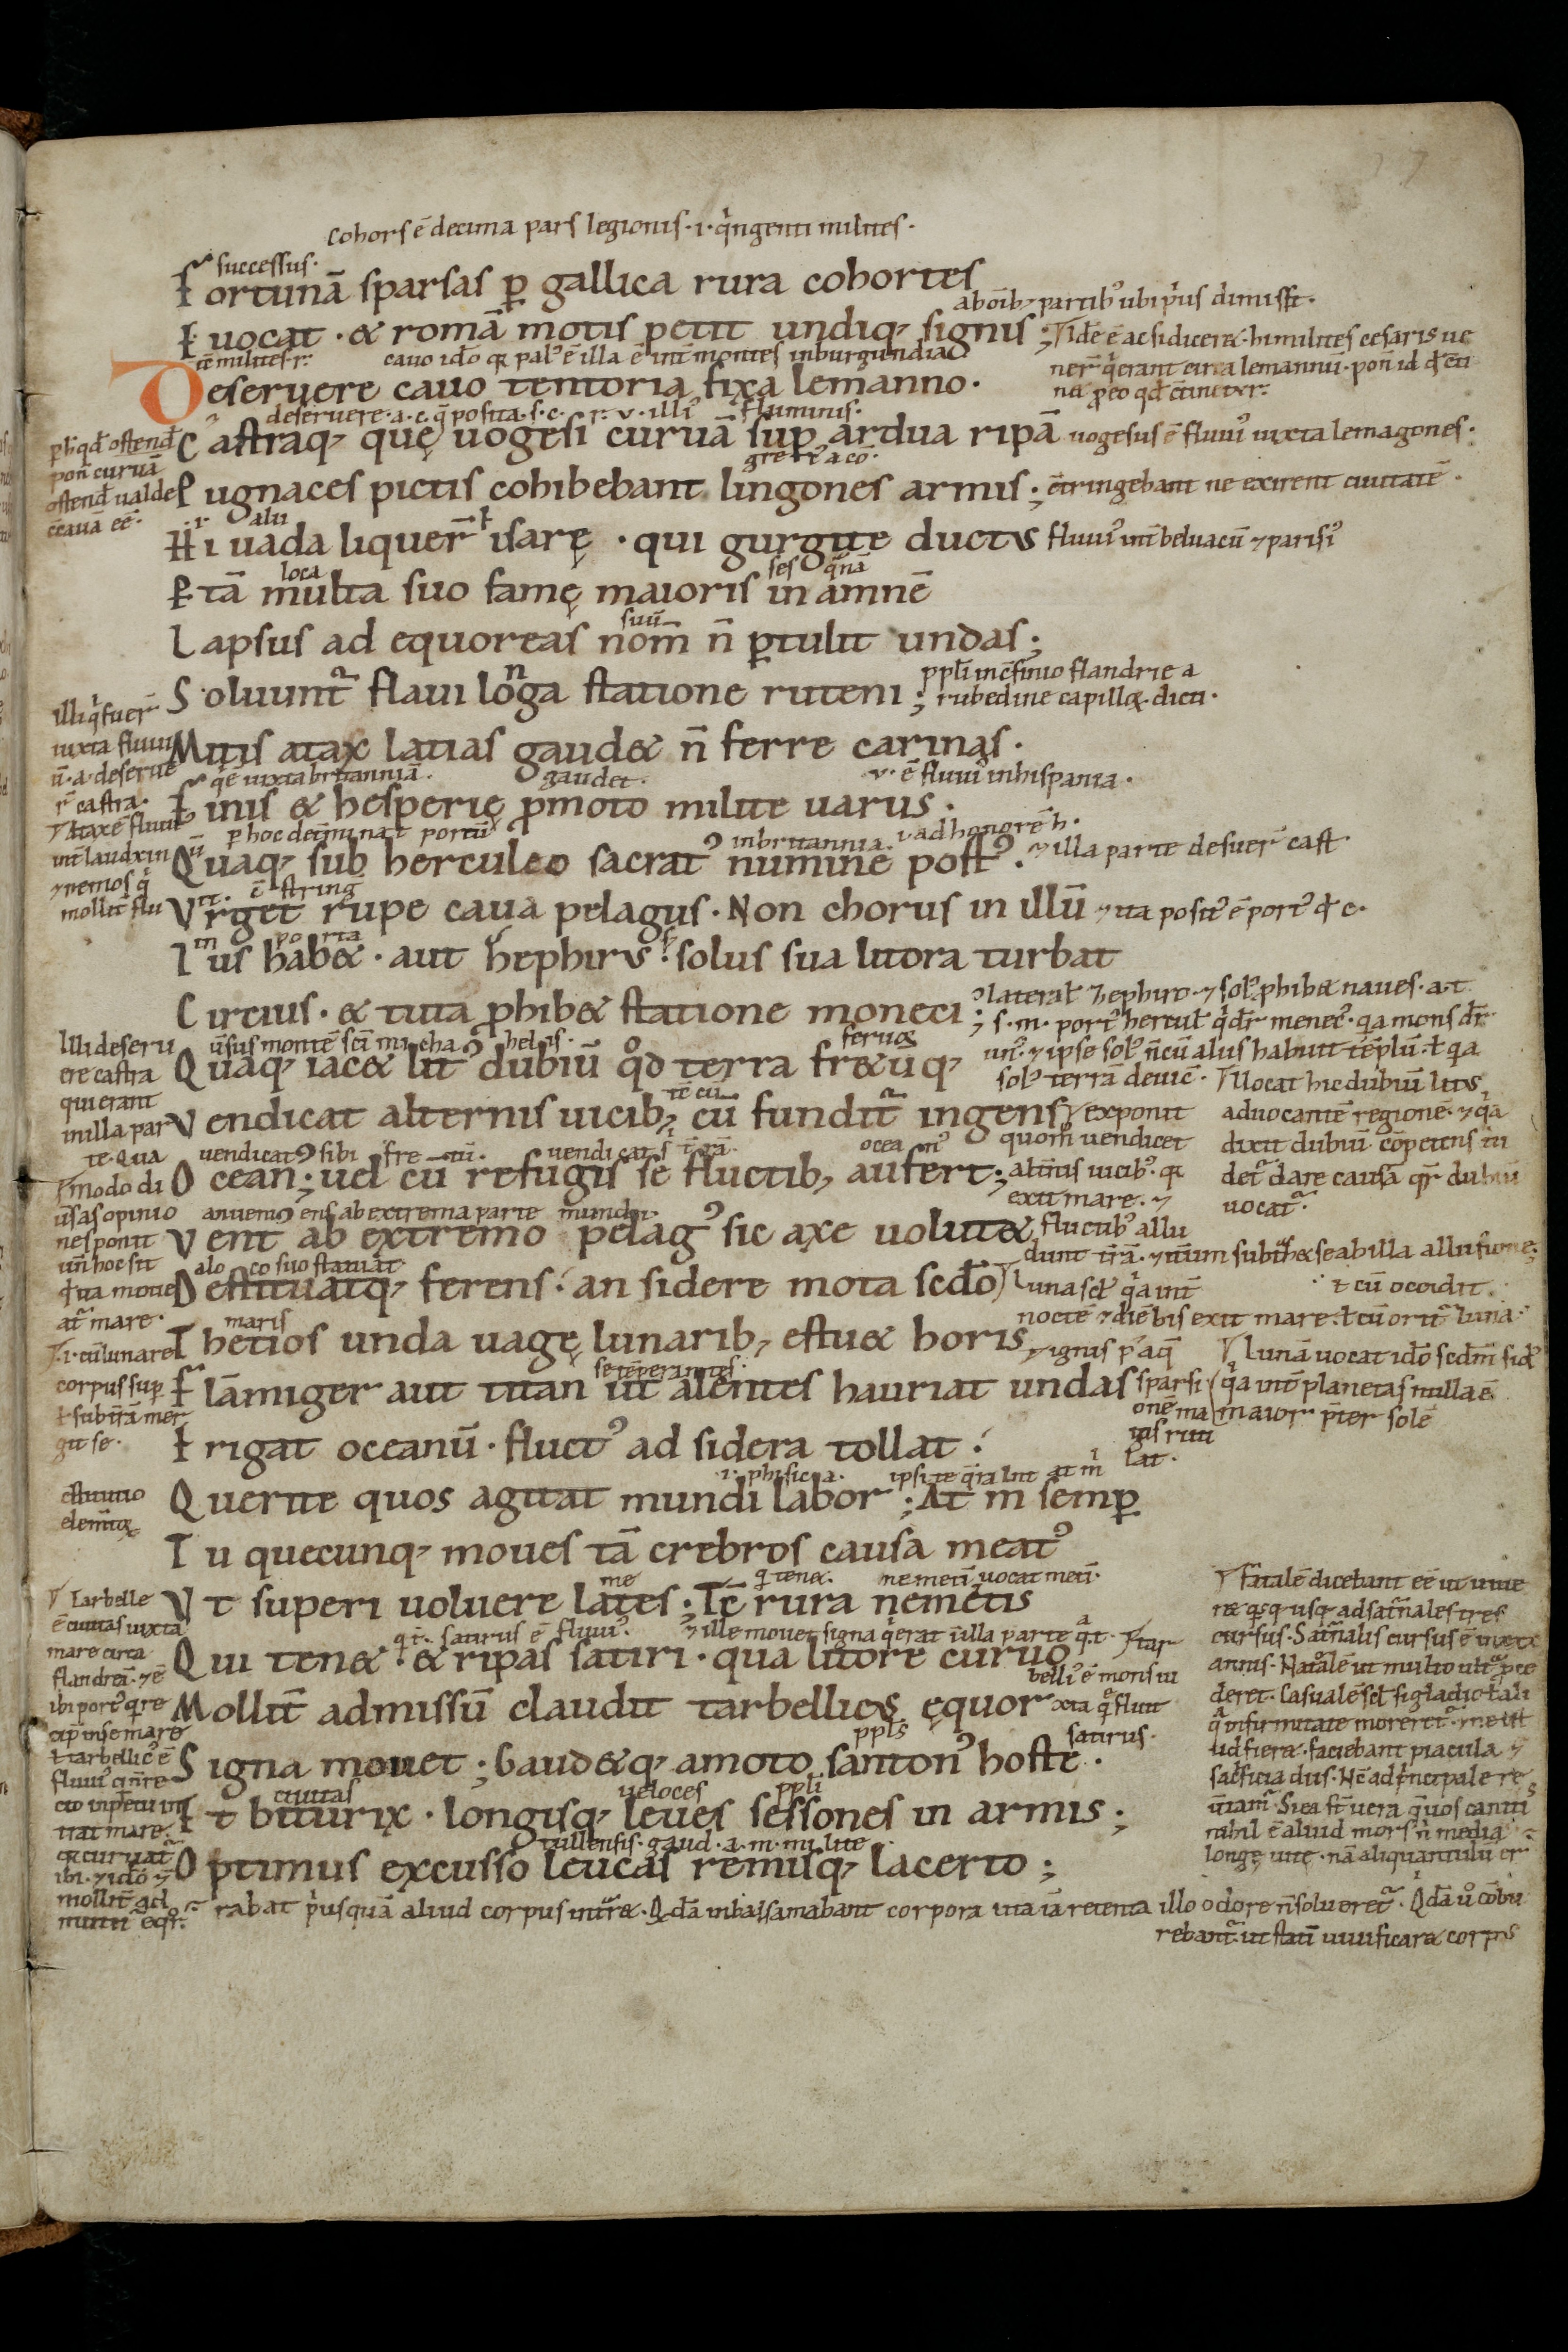
Shelfmark: St. Gallen, Stiftsbibliothek, Cod. Sang. 863
Century: 11